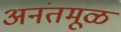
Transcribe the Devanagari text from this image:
अनंतमूळ